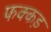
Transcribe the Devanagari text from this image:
फक्‍कड़